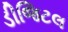
ડીજિટલ